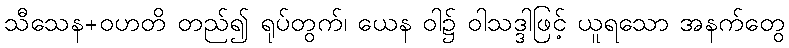
သီသေန+ဝဟတိ တည်၍ ရုပ်တွက်၊ ယေန ဝါ၌ ဝါသဒ္ဒါဖြင့် ယူရသော အနက်တွေ